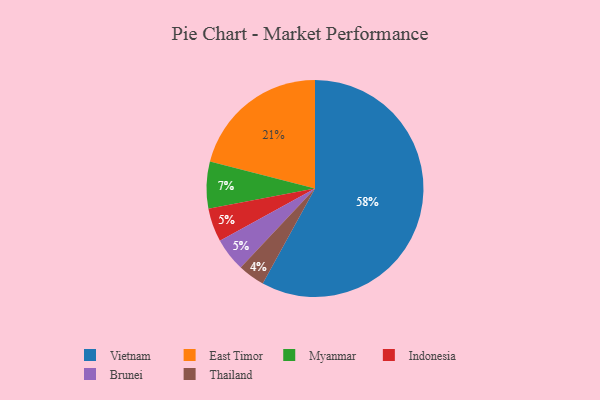
{"axis": {"x": "Category", "y": "Percentage"}, "legend": ["Brunei", "East Timor", "Indonesia", "Myanmar", "Thailand", "Vietnam"], "data": [{"x": "Thailand", "y": 4, "type": "Thailand"}, {"x": "Vietnam", "y": 58, "type": "Vietnam"}, {"x": "Myanmar", "y": 7, "type": "Myanmar"}, {"x": "Indonesia", "y": 5, "type": "Indonesia"}, {"x": "Brunei", "y": 5, "type": "Brunei"}, {"x": "East Timor", "y": 21, "type": "East Timor"}]}